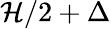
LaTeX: \mathcal{H}/2+\Delta